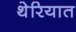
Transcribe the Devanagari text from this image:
थेरियात